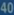
4/40